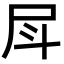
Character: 𡰷